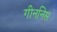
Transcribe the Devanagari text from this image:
गीननिस